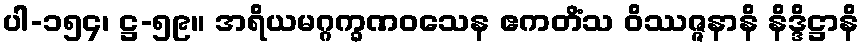
ပါ-၁၅၄၊ ဋ္ဌ-၅၉။ အရိယမဂ္ဂက္ခဏဝသေန ဧကတိံသ ဝိဿဇ္ဇနာနိ နိဒ္ဒိဋ္ဌာနိ